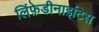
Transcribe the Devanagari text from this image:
लिंफ़ेडीनाइटिस